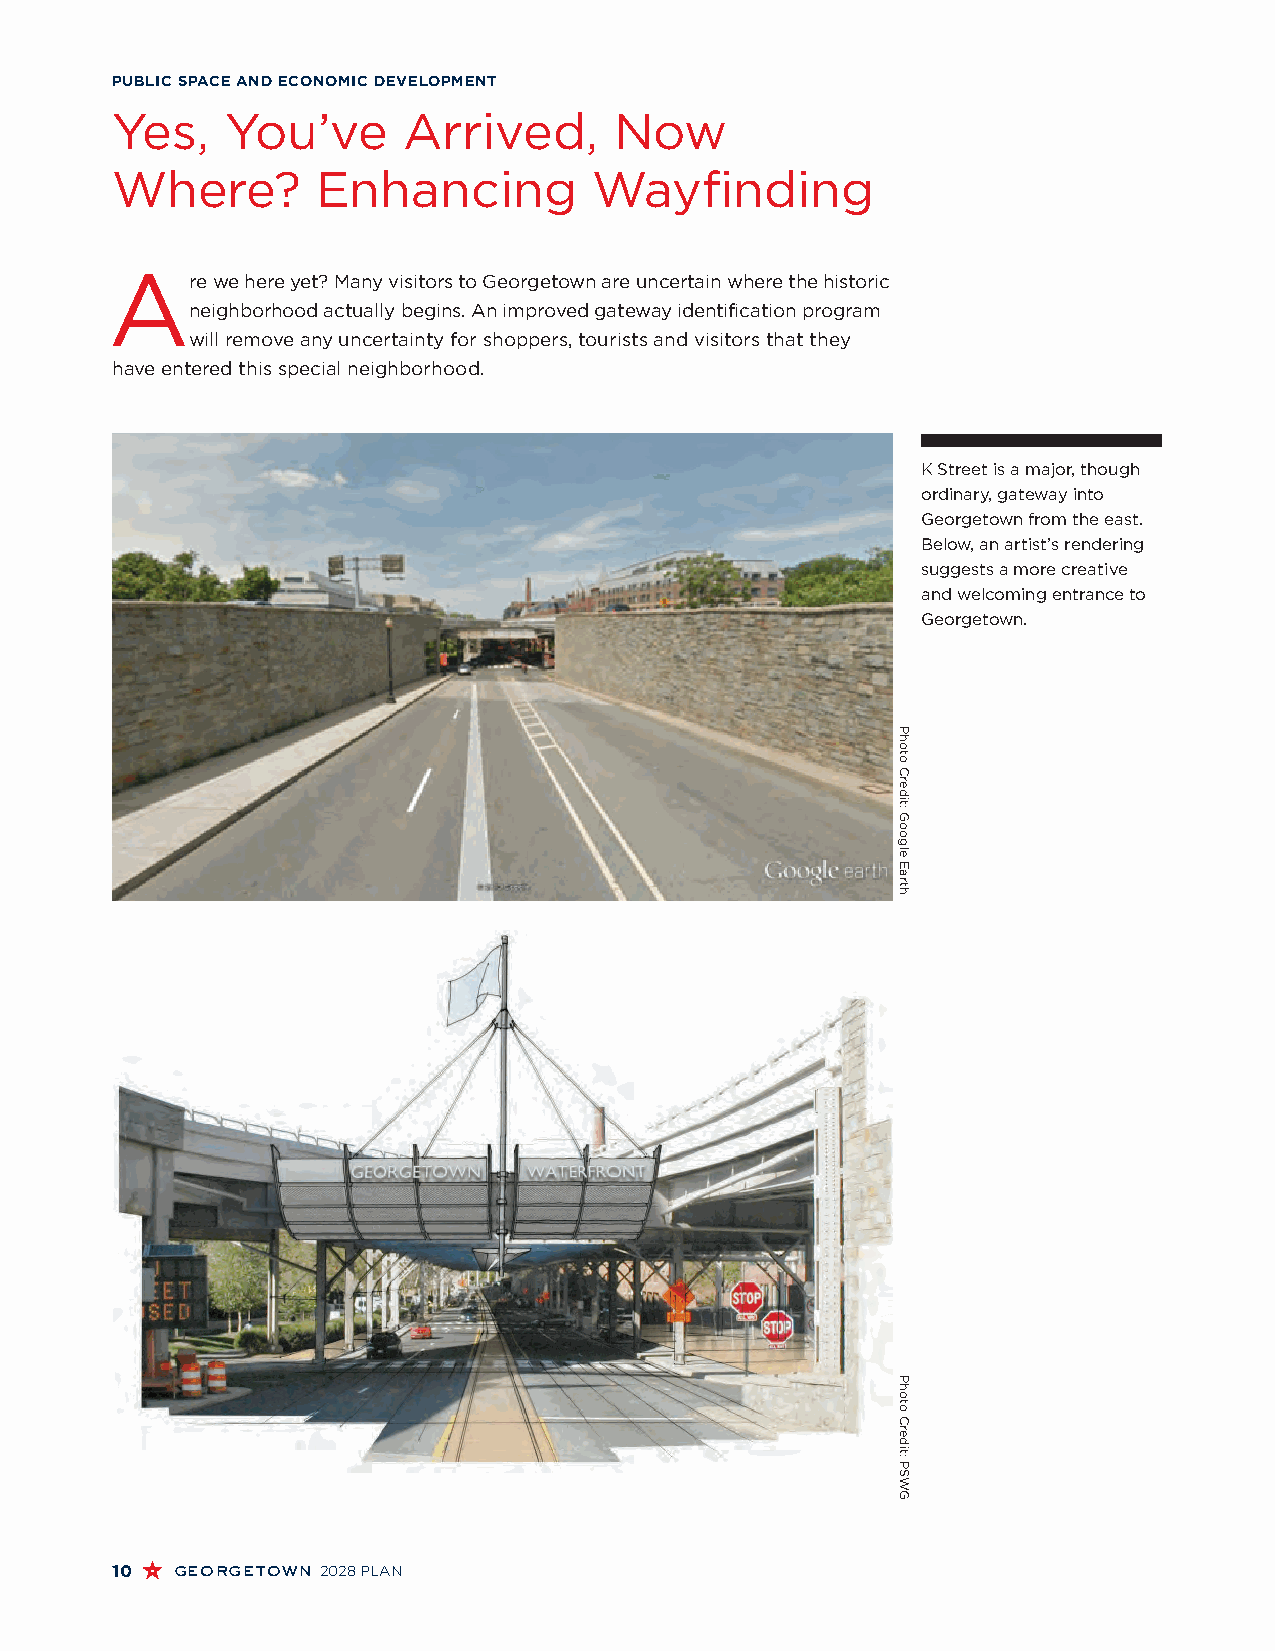
PUBLIC SPACE AND ECONOMIC DEVELOPMENT
 Yes,    You’ve      Arrived,      Now
 Where?        Enhancing         Wayfinding
 A
 re we here yet? Many visitors to Georgetown are uncertain where the historic
 neighborhood actually begins. An improved gateway identification program
 will remove any uncertainty for shoppers, tourists and visitors that they
 have entered this special neighborhood.
 K Street is a major, though
 ordinary, gateway into
 Georgetown from the east.
 Below, an artist’s rendering
 suggests a more creative
 and welcoming entrance to
 Georgetown.
 10  georgetown 2028 PLAN
 Photo
 Credit:
 Google
 Earth
 Photo
 Credit:
 PSWG